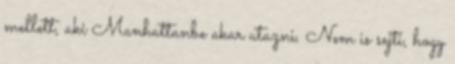
mellett, aki Manhattanbe akar utazni. Nem is sejti, hogy